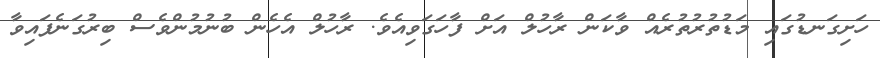
ހަށިގަނޑުގައި މަޑުތުރުތުރެއް ވާކަން ރާހުލް އަށް ފާހަގަވިއެވެ. ރާހުލް އެހެން ބުނުމުންވެސް ބިރުގަނެފައިވާ